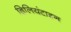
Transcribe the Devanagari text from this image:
ब्रिलियंटाइन